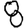
Digit: 8